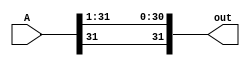
module shiftRby1(A, out);

    input [31:0] A;
    output [31:0] out;

    assign out[31] = A[31];
    assign out[30:0] = A[31:1];

endmodule